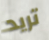
تريد